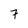
Character: 7